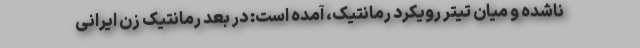
ناشده و میان تیتر رویکرد رمانتیک، آمده است: در بعد رمانتیک زن ایرانی